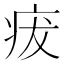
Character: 𤵬